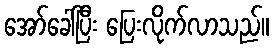
အော်ခေါ်ပြီး ပြေးလိုက်လာသည်။